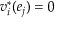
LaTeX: v _ { i } ^ { * } ( e _ { j } ) = 0